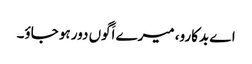
اے بدکارو، میرے اَگوں دور ہو جاؤ۔